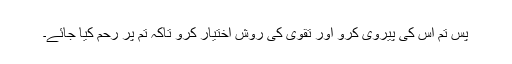
پس تم اس کی پیروی کرو اور تقوی کی روش اختیار کرو تاکہ تم پر رحم کیا جائے۔